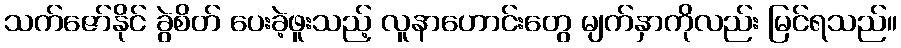
သက်ဇော်နိုင် ခွဲစိတ် ပေးခဲ့ဖူးသည့် လူနာဟောင်းတွေ မျက်နှာကိုလည်း မြင်ရသည်။